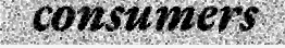
consumers